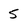
Character: 5